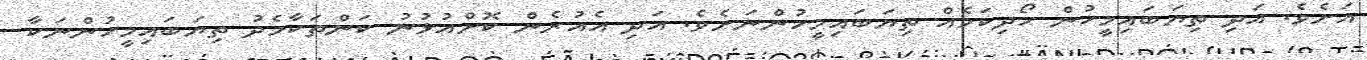
އަށެވެ. އަދި ތިޔަބައިމީހުން ހޯދިކަމެއް ތިޔަބައިމީހުންނަށެވެ. އަދި އެއުރެން ކޮށްއުޅުނު ކަންތަކާމެދު ތިޔަބައިމީހުންނަކާ